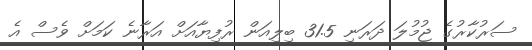
ސަރުކާރުގެ ޖުމުލަ ދަރަނި 31.5 ބިލިއަން ރުފިޔާއަށް އަރާނެ ކަމަށް ވެސް އެ